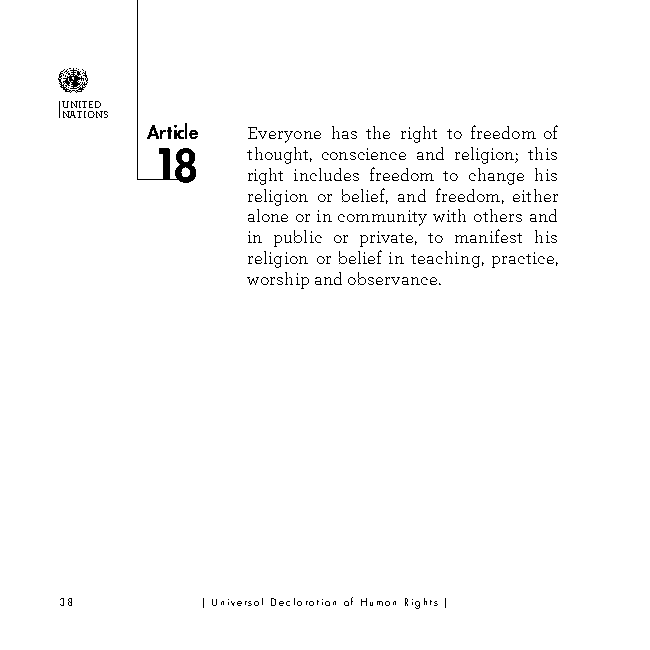
UNITED
 NATIONS
 Article Everyone has the right to freedom of
 8    thought, c onscience and religion; this
 right includes freedom to change his
 religion or belief, and freedom, either
 alone or in community with others and
 in public or private, to manifest his
 religion or belief in teaching, practice,
 worship and observance.
 38       | Universal Declaration of Human Rights |